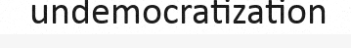
undemocratization